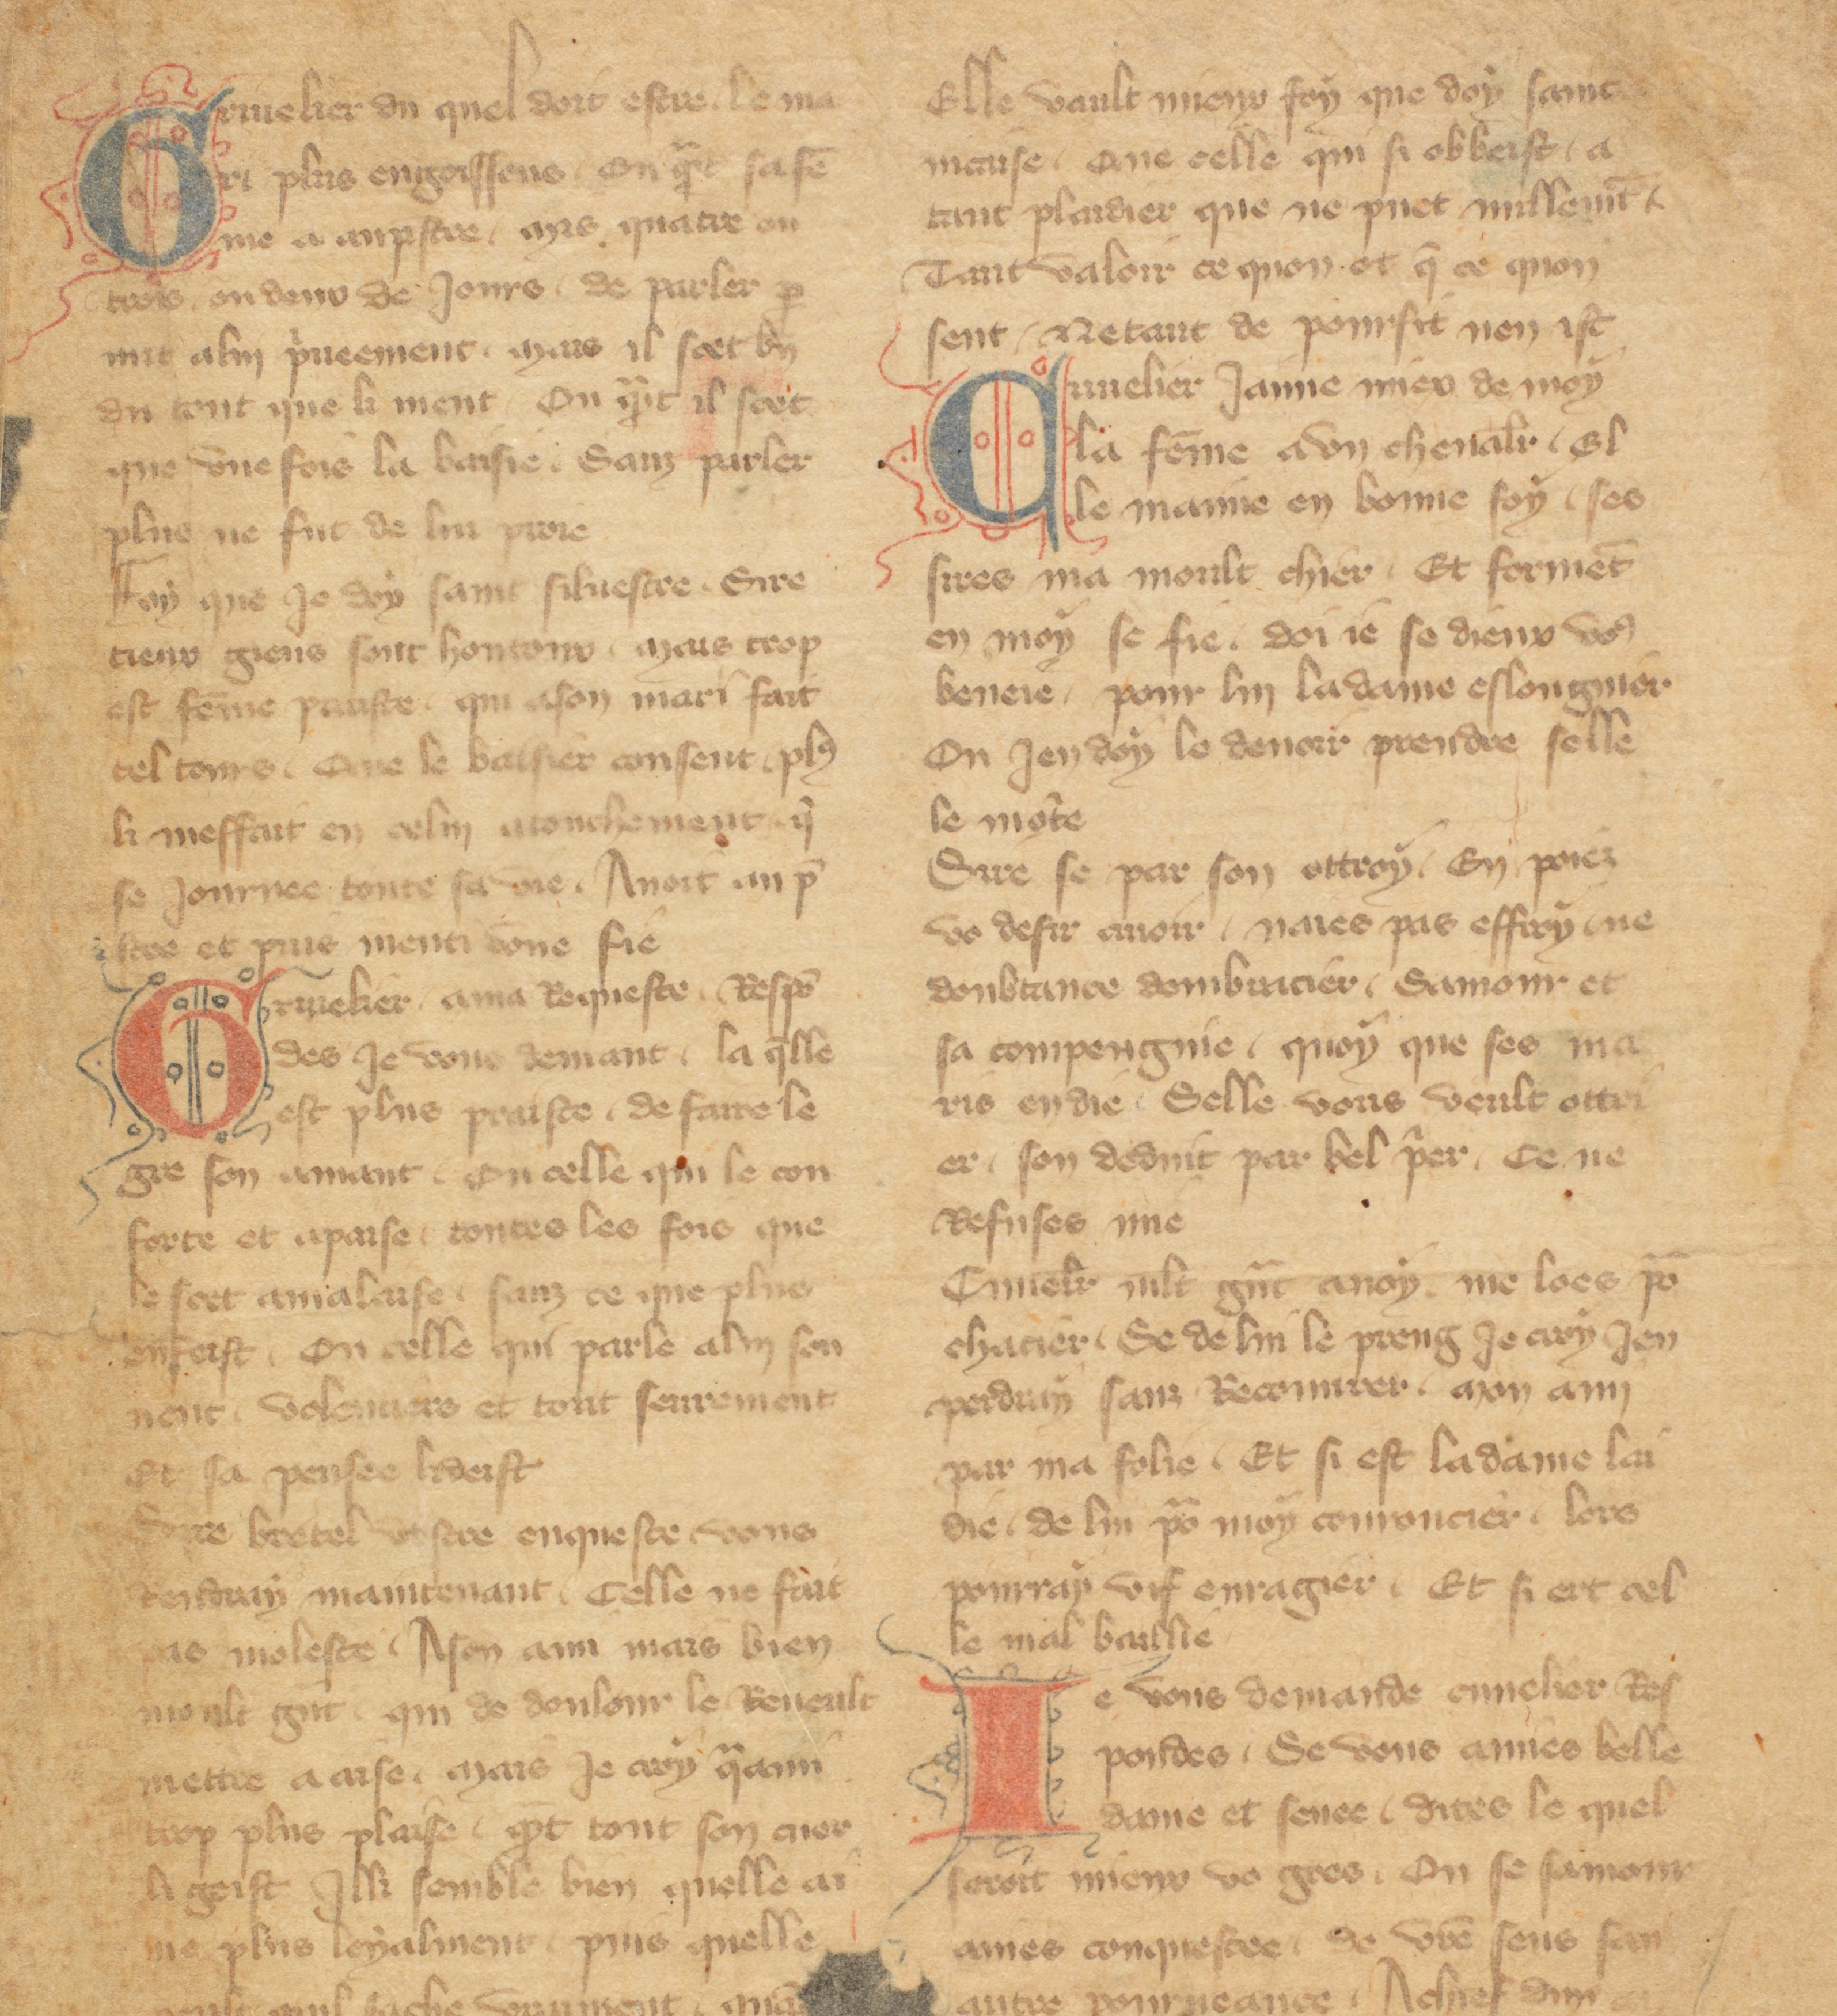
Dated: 1355–1395